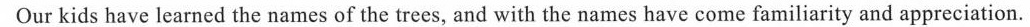
Our kids have learned the names of the trees, and with the names have come familiarity and appreciation.